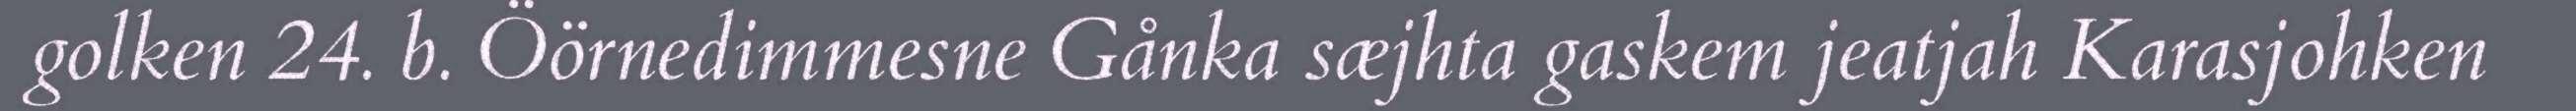
golken 24. b. Öörnedimmesne Gånka sæjhta gaskem jeatjah Karasjohken